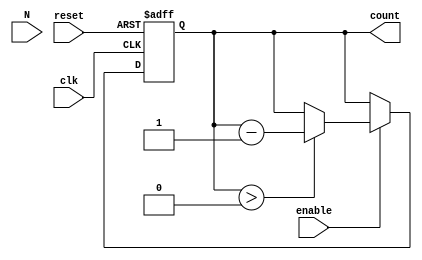
module down_counter (
    input wire clk,          // Clock signal
    input wire enable,       // Enable signal
    input wire reset,        // Asynchronous reset signal
    input wire [N-1:0] N,    // Maximum value of counter (N)
    output reg [N-1:0] count // Current count value
);

// Parameter for defining the width of the counter
parameter N = 8;  // You can change this value to set the maximum count value

// Asynchronous reset and counting logic
always @(posedge clk or posedge reset) begin
    if (reset) begin
        count <= N;       // Reset counter to maximum value N
    end else if (enable) begin
        if (count > 0) begin
            count <= count - 1; // Decrement the counter if greater than zero
        end
        // If count is already zero, it holds its value
    end
end

endmodule